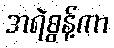
အရဲစွန့်ကာ